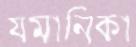
যমানিকা